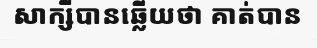
សាក្សីបានឆ្លើយថា គាត់បាន